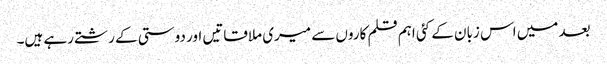
بعد میں اس زبان کے کئی اہم قلم کاروں سے میری ملاقاتیں اور دوستی کے رشتے رہے ہیں۔